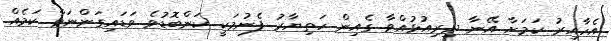
އެހާއިރު ކަމަށާ އޭނާ ދިރިއުޅުއްވާ ގެއިން ހަތިޔާރު ފެނުމަކީ ކަންބޮޑުވެ ވަޑައިގަންނަވާ ކަމެއް